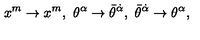
x ^ { m } \rightarrow x ^ { m } , \ \theta ^ { \alpha } \rightarrow \bar { \theta } ^ { \dot { \alpha } } , \ \bar { \theta } ^ { \dot { \alpha } } \rightarrow \theta ^ { \alpha } ,